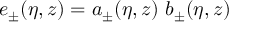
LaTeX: e _ { \pm } ( \eta , z ) = a _ { \pm } ( \eta , z ) ~ b _ { \pm } ( \eta , z )